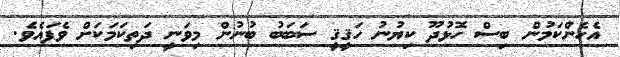
އެހެންކަމުން ބިސް ހޮޅުދޫ ކިޔުނު ހަޤީޤީ ސަބަބު ބުނުން މިވަނީ ދަތިކަމަކަށް ވެފައެވެ.